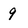
Character: 9